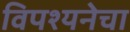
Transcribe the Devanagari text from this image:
विपश्यनेचा